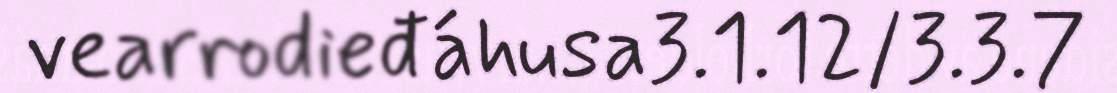
vearrodieđáhusa3.1.12/3.3.7